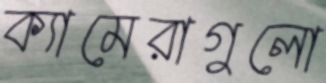
ক্যামেরাগুলো